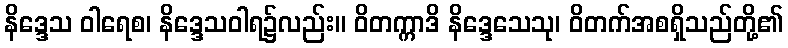
နိဒ္ဒေသ ဝါရေစ၊ နိဒ္ဒေသဝါရ၌လည်း။ ဝိတက္ကာဒိ နိဒ္ဒေသေသု၊ ဝိတက်အစရှိသည်တို့၏